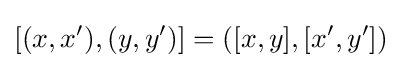
[(x,x'),(y,y')]=([x,y],[x',y'])